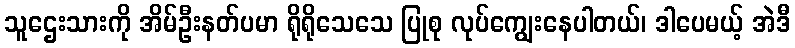
သူဌေးသားကို အိမ်ဦးနတ်ပမာ ရိုရိုသေသေ ပြုစု လုပ်ကျွေးနေပါတယ်၊ ဒါပေမယ့် အဲဒီ